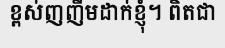
ខ្ពស់ញញឹមដាក់ខ្ញុំ។ ពិតជា